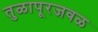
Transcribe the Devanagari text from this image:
तुळापूरजवळ